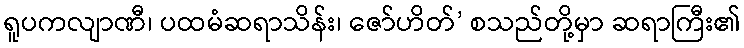
ရူပကလျာဏီ၊ ပထမံဆရာသိန်း၊ ဇော်ဟိတ်’ စသည်တို့မှာ ဆရာကြီး၏